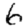
Digit: 6